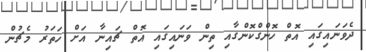
ދެވަނައިގައި އޮތް ހޮންގްކޮންގާއި ތިން ވަނައިގައި އޮތް ޗައިނާ އަށް ހަތަރު މެޗުން